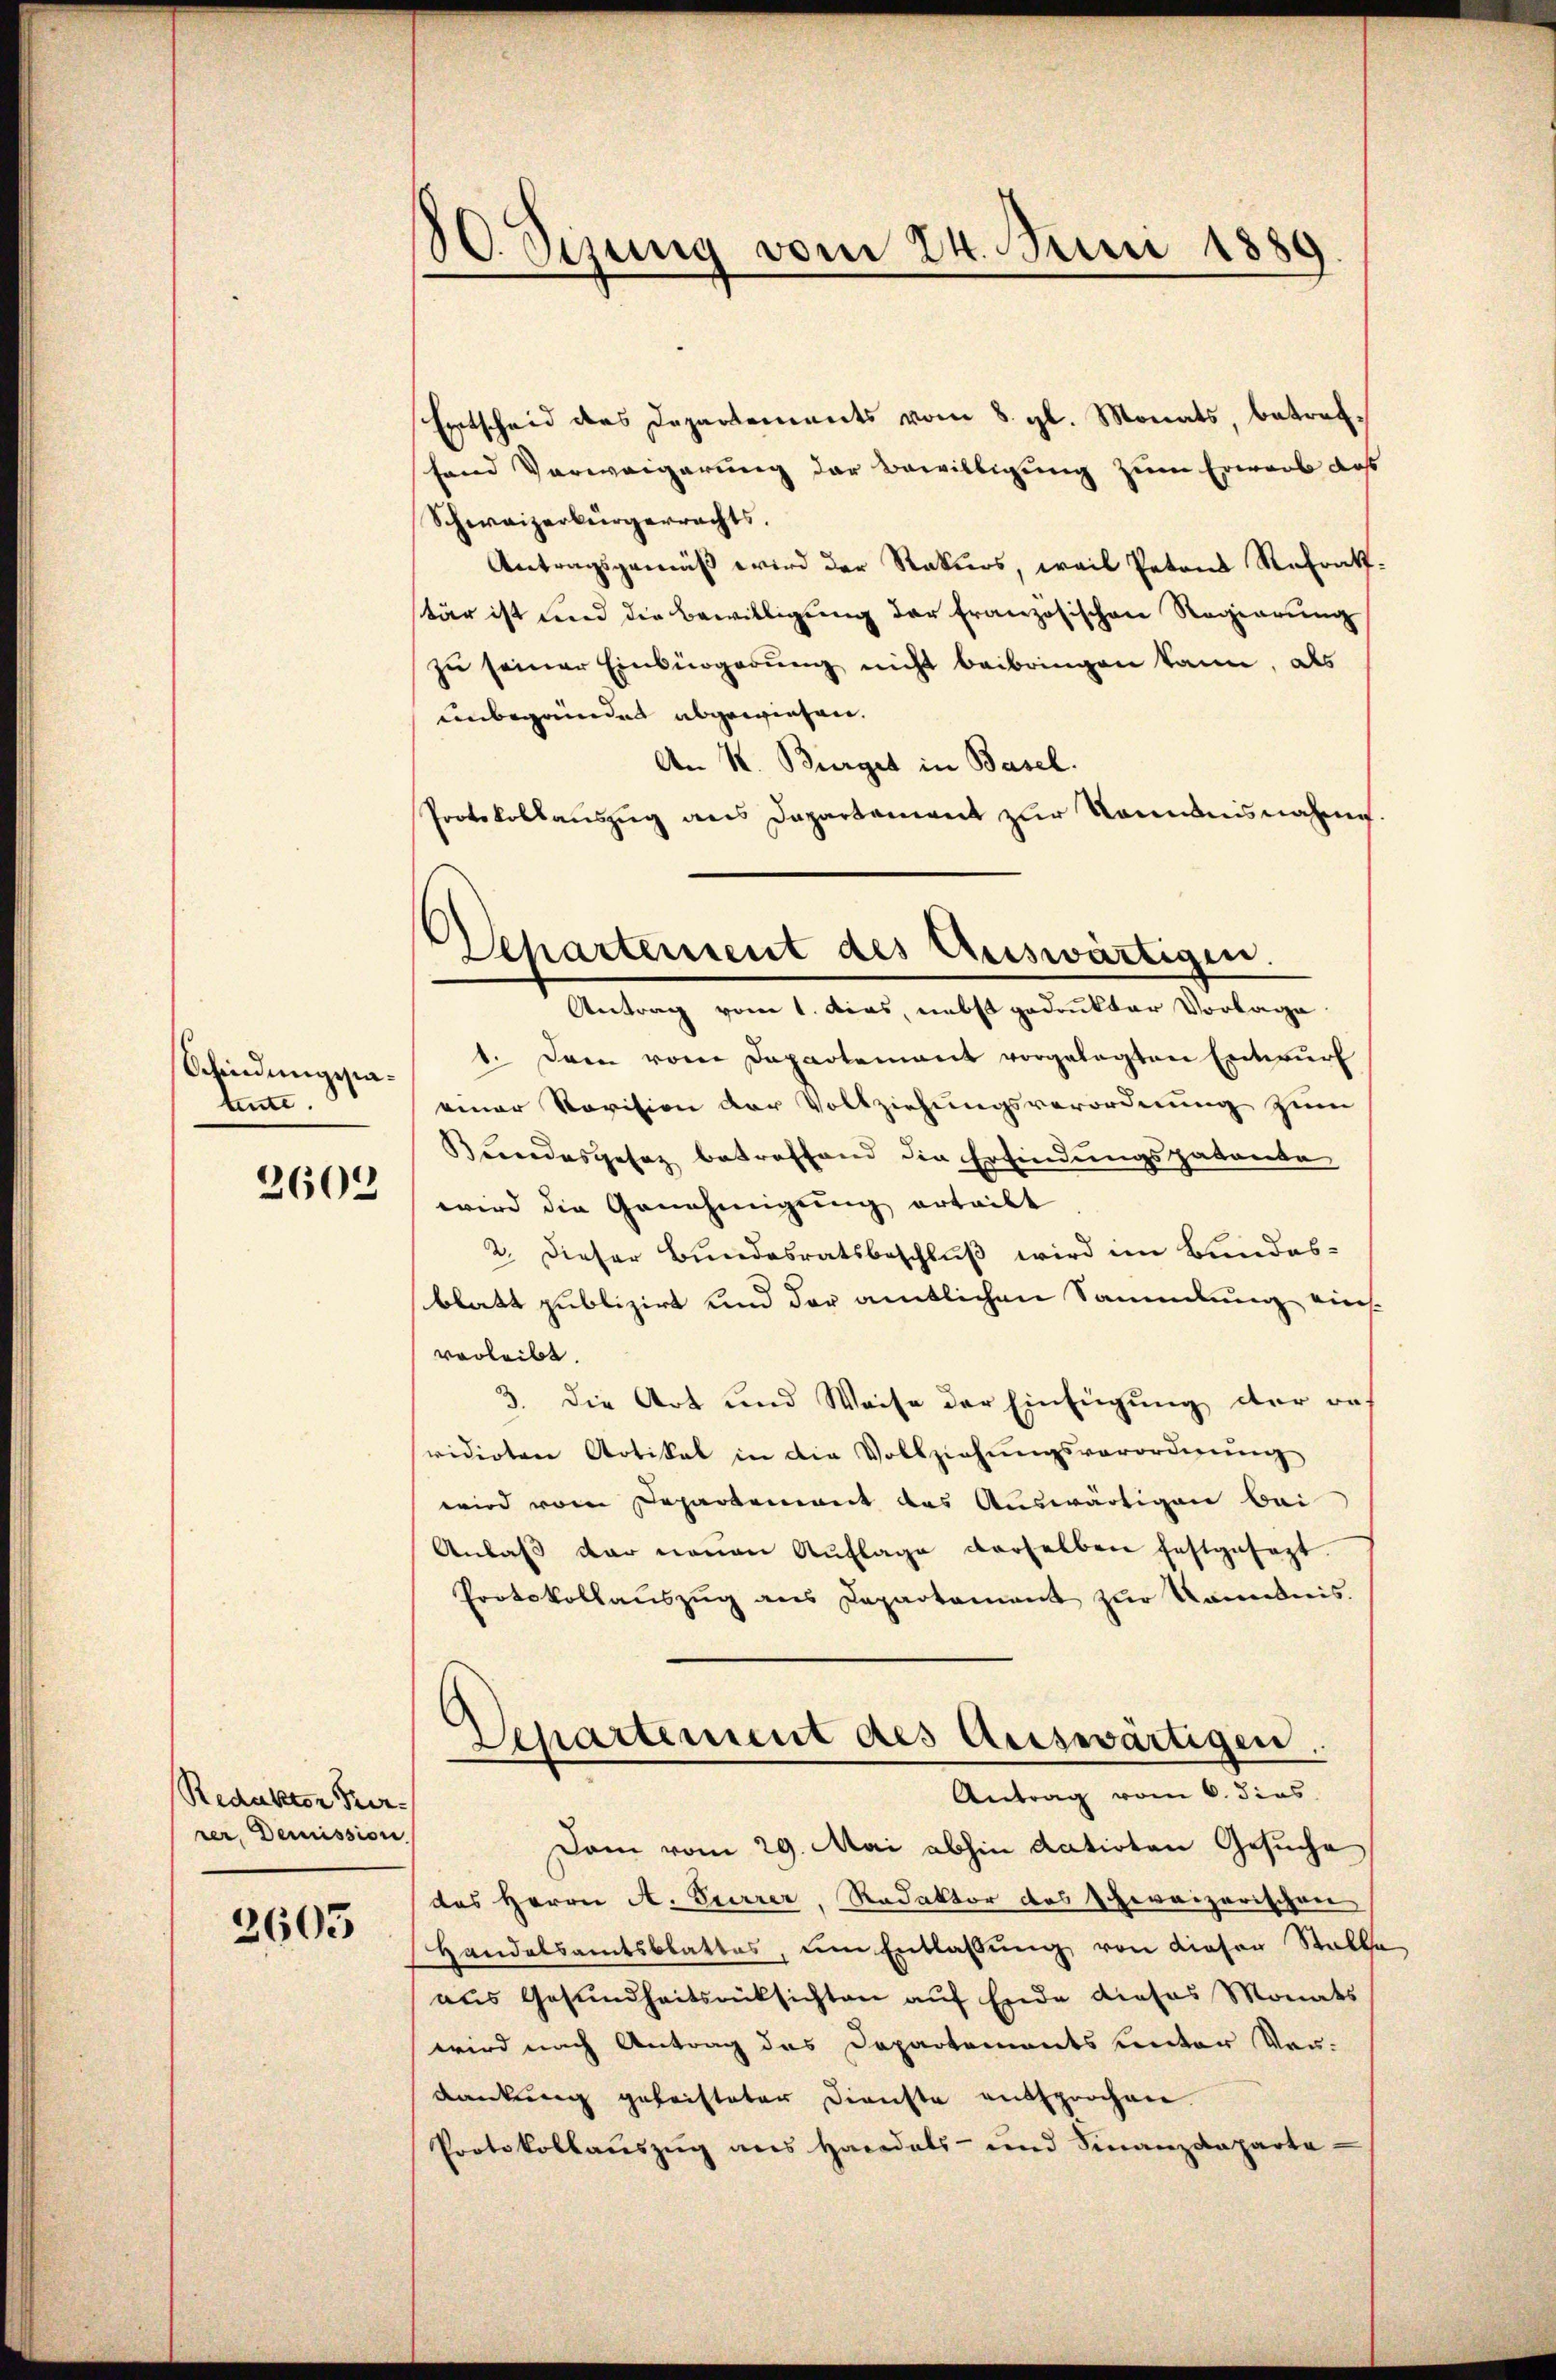
Schindungsstatente.
2603

Redaktor Per-
rer, Demission.

2605

J.Sezung vom 24. Juni 1889

Separtement des Auswärtigen.

Entscheid des Departements vom 8. gl. Monats, betreffand Verweigerung der Bewilligung zum Erwarb das
Schweizerbürgerrechts.
Antragsgemäß wird der Rekurs, weil Patons Refrakt.
tar ist und die Bewilligung der Französischen Regierung
zu seiner Einbürgerung nicht beibringen kann, als
unbegründet abgewiesen.
An K. Bürger in Basel.
Protokollaŭszŭg ans Departement zŭr Nominisnahme.
Antrag vom 1. das, nebst gedrukter Vorlage
1. Dann vom Departement vorgelegten Entwurf
einer Revision der Vollziehungsverordnung zum
Bundesgesez betreffend die Erfindungspatenta
wird die Genehmigung erteilt
2. Dieser Bundesratsbeschluß wird im Bundesblatt publizirt und der amtlichen Sammlung einsverleibt.
3. Die Art und Weise der Einfügung der re-
vidirten Artikal in die Vollziehŭngsverordnŭng
wird vom Departement des Auswärtigen bei
Anlaβ der neuen Auflage derselben festgesagt.
Protokollaŭszŭg ans Departament zŭr Kambnis.
Departement des Auswärtigen.
Antrag vom 6. dies
Dam vom 29. Mai abhin datirten Gesuche
das Herrn A. Herrer, Redaktor des Ehereizerischen
Handelsamtsblattes, um Entlassŭng von dieser Stalle
aus Gesundheitsrücksichten auf Erde dieses Monats
wird nach Antrag das Departements unter Vor-
dankung geleisteter Dienste entsprochen.
Protokollauszug aus Handels- und Finanzdeparta